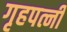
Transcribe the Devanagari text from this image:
गृहपत्नी